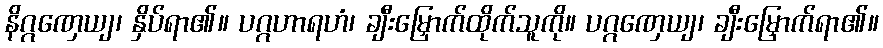
နိဂ္ဂဏှေယျ၊ နှိပ်ရာ၏။ ပဂ္ဂဟာရဟံ၊ ချီးမြှောက်ထိုက်သူကို။ ပဂ္ဂဏှေယျ၊ ချီးမြှောက်ရာ၏။